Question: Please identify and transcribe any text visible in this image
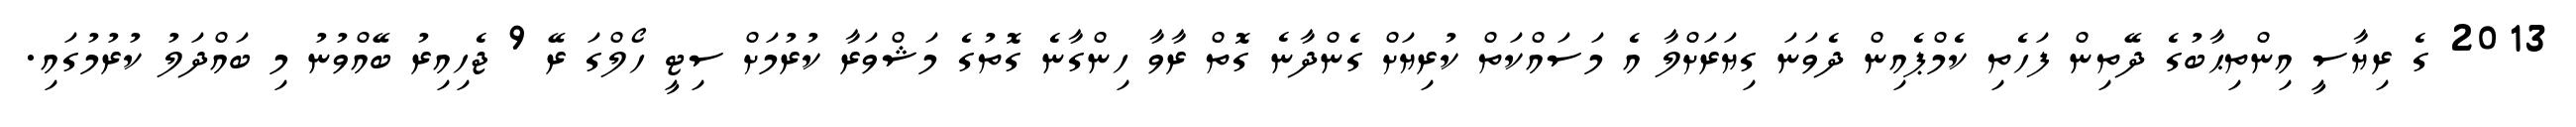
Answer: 2013 ގެ ރިޔާސީ އިންތިޙާބުގެ ދޭތިން ފަހެތި ކެމްޕެއިން ދެވަނަ ގިޔަރަށްލާ އެ މަސައްކަތް ކުރިޔަށް ގެންދާނެ ގޮތް ރާވާ ހިންގާނެ ގޮތުގެ މަޝްވަރާ ކުރުމަށް ސިޓީ ހޯލްގަ ރޭ 9 ޖެހިއިރު ބޭއްވުނު މި ބައްދަލު ކުރުމުގައި.